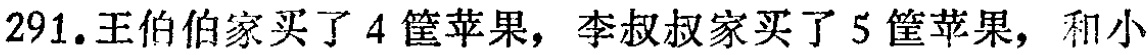
291.王伯伯家买了4筐苹果，李叔叔家买了5筐苹果，和小